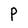
Character: P